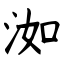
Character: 洳